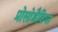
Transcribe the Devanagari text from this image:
प्रोसोब्रैकिया